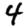
Digit: 4